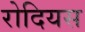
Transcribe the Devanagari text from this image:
रोदियस